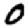
Digit: 0